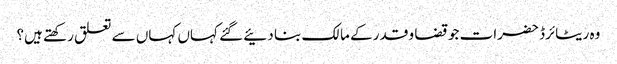
وہ ریٹائرڈ حضرات جو قضا و قدر کے مالک بنا دئیے گئے کہاں کہاں سے تعلق رکھتے ہیں؟